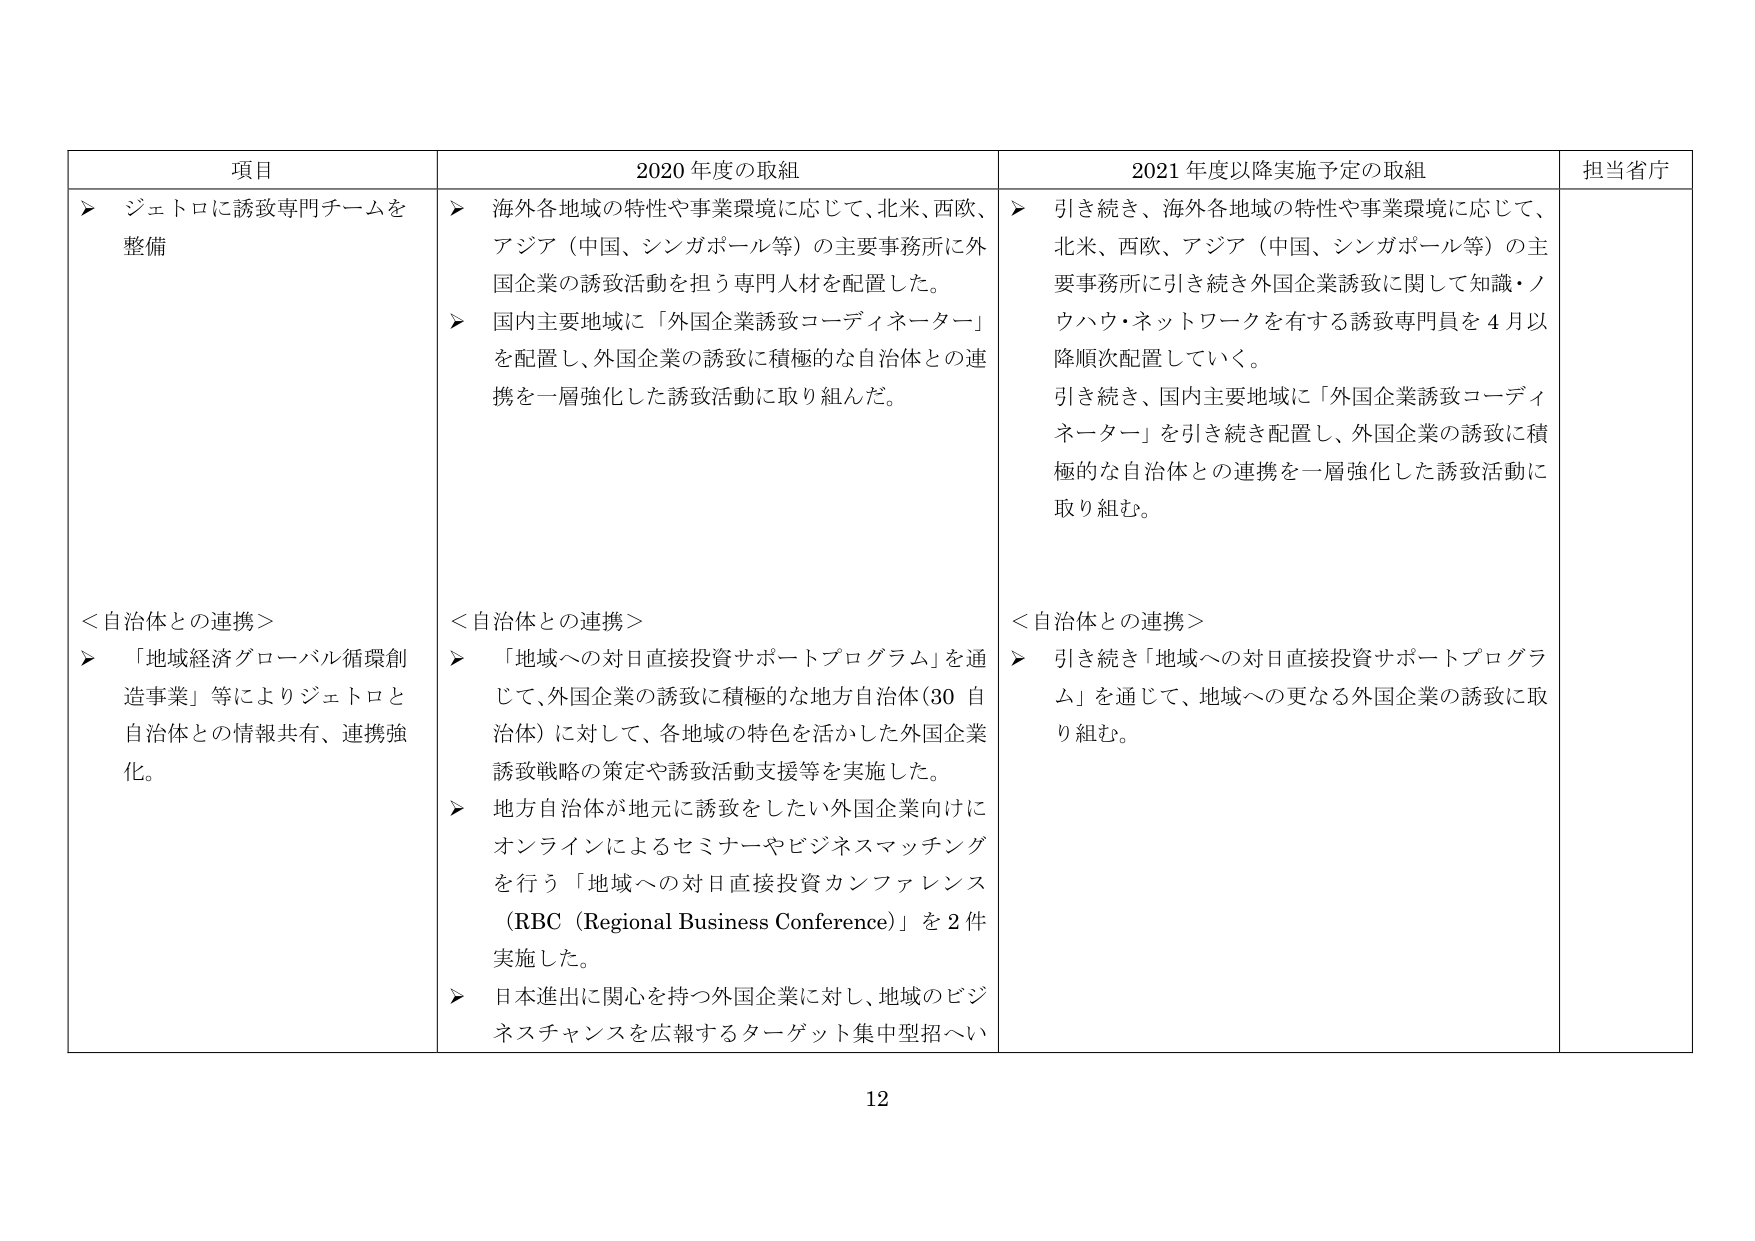
項目
2020年度の取組
2021年度以降実施予定の取組
担当省庁
➤ ジェトロに誘致専門チームを整備
➤ 海外各地域の特性や事業環境に応じて、北米、西欧、アジア（中国、シンガポール等）の主要事務所に外国企業の誘致活動を担う専門人材を配置した。
➤ 国内主要地域に「外国企業誘致コーディネーター」を配置し、外国企業の誘致に積極的な自治体との連携を一層強化した誘致活動に取り組んだ。
➤ 引き続き、海外各地域の特性や事業環境に応じて、北米、西欧、アジア（中国、シンガポール等）の主要事務所に引き続き外国企業誘致に関して知識・ノウハウ・ネットワークを有する誘致専門員を4月以降順次配置していく。
引き続き、国内主要地域に「外国企業誘致コーディネーター」を引き続き配置し、外国企業の誘致に積極的な自治体との連携を一層強化した誘致活動に取り組む。
＜自治体との連携＞
➤ 「地域経済グローバル循環創造事業」等によりジェトロと自治体との情報共有、連携強化。
＜自治体との連携＞
➤ 「地域への対日直接投資サポートプログラム」を通じて、外国企業の誘致に積極的な地方自治体（30自治体）に対して、各地域の特色を活かした外国企業誘致戦略の策定や誘致活動支援等を実施した。
➤ 地方自治体が地元に誘致をしたい外国企業向けにオンラインによるセミナーやビジネスマッチングを行う「地域への対日直接投資カンファレンス（RBC（Regional Business Conference））」を2件実施した。
➤ 日本進出に関心を持つ外国企業に対し、地域のビジネスチャンスを広報するターゲット集中型招へい
＜自治体との連携＞
➤ 引き続き「地域への対日直接投資サポートプログラム」を通じて、地域への更なる外国企業の誘致に取り組む。
12